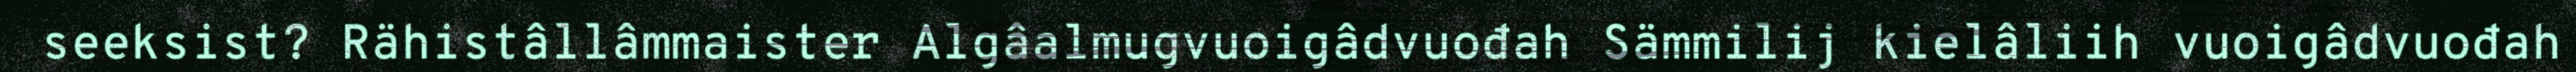
seeksist? Rähistâllâmmaister Algâalmugvuoigâdvuođah Sämmilij kielâliih vuoigâdvuođah